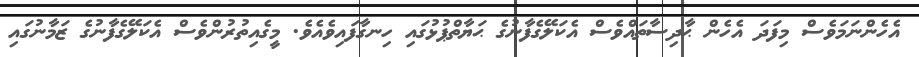
އެހެންނަމަވެސް މިފަދަ އެހެން ޙާދިސާތައްވެސް އެކަލޭގެފާނުގެ ޙަޔާތްޕުޅުގައި ހިނގާފައިވެއެވެ. މީގެއިތުރުންވެސް އެކަލޭގެފާނުގެ ޒަމާނުގައި